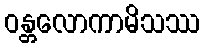
ဝန္တလောကာမိသဿ